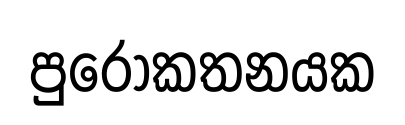
පුරෝකතනයක